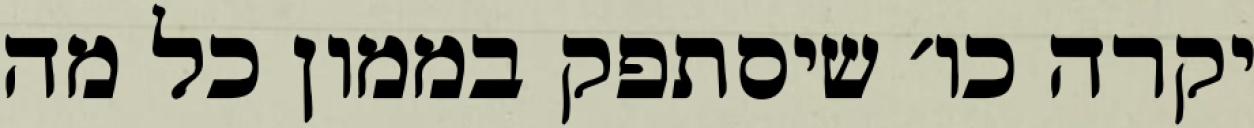
יקרה כו׳ שיסתפק בממון כל מה